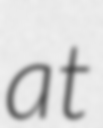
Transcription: at